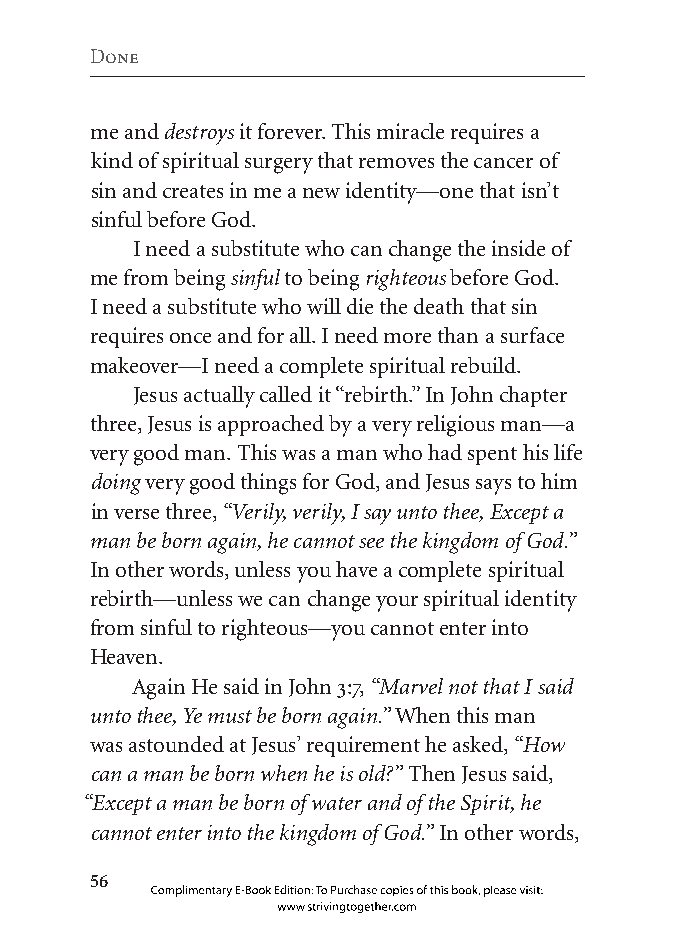
Done
 me and destroys it forever. This miracle requires a
 kind of spiritual surgery that removes the cancer of
 sin and creates in me a new identity—one that isn’t
 sinful before God.
 I need a substitute who can change the inside of
 me from being sinful to being righteous before God.
 I need a substitute who will die the death that sin
 requires once and for all. I need more than a surface
 makeover—I need a complete spiritual rebuild.
 Jesus actually called it “rebirth.” In John chapter
 three, Jesus is approached by a very religious man—a
 very good man. This was a man who had spent his life
 doing very good things for God, and Jesus says to him
 in verse three, “Verily, verily, I say unto thee, Except a
 man be born again, he cannot see the kingdom of God.”
 In other words, unless you have a complete spiritual
 rebirth—unless we can change your spiritual identity
 from sinful to righteous—you cannot enter into
 Heaven.
 Again He said in John 3:7, “Marvel not that I said
 unto thee, Ye must be born again.” When this man
 was astounded at Jesus’ requirement he asked, “How
 can a man be born when he is old?” Then Jesus said,
 “Except a man be born of water and of the Spirit, he
 cannot enter into the kingdom of God.” In other words,
 
 Complimentary E-Book Edition: To Purchase copies of this book, please visit:
 www.strivingtogether.com